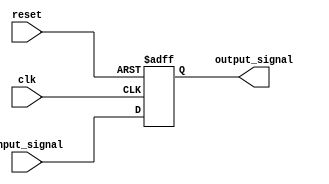
module Latch_Delay (
    input wire clk,         // Clock signal
    input wire reset,       // Reset signal
    input wire input_signal,    // Input signal to be delayed
    output reg output_signal    // Output signal with delay
);

reg delayed_output;

always @(posedge clk or posedge reset) begin
    if (reset) begin
        delayed_output <= 1'b0;
    end else begin
        delayed_output <= input_signal;    // Capture input signal at clock edge
    end
end

assign output_signal = delayed_output;    // Output the delayed signal

endmodule